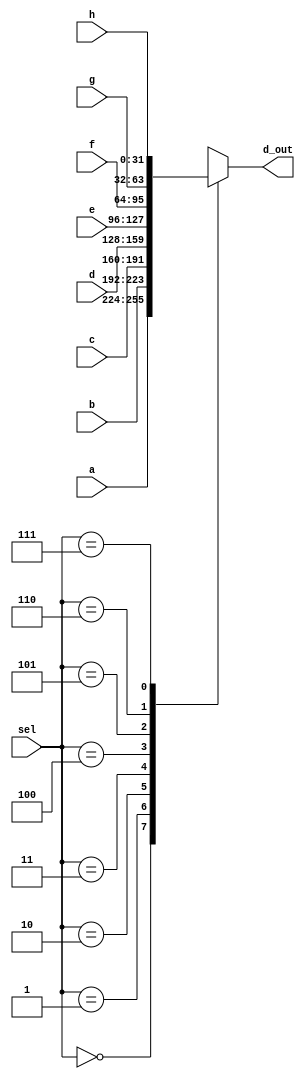
module _8_to_1_MUX(a, b, c, d, e, f, g, h, sel, d_out);
	input [31:0] a, b, c, d, e, f, g, h;
	input [2:0] sel;
	output reg [31:0] d_out;
	
	always@(sel, a, b, c, d, e, f, g, h) begin
	
		case(sel)
		
			// select each input
			3'b000: d_out <= a;
			3'b001: d_out <= b;
			3'b010: d_out <= c;
			3'b011: d_out <= d;
			3'b100: d_out <= e;
			3'b101: d_out <= f;
			3'b110: d_out <= g;
			3'b111: d_out <= h;
			default: d_out <= 32'hx;
			
		endcase
		
	end
	
endmodule